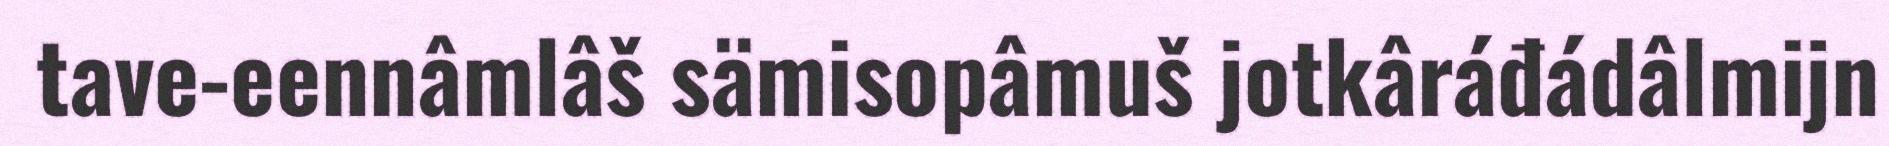
tave-eennâmlâš sämisopâmuš jotkâráđádâlmijn